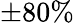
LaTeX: \pm 80\%